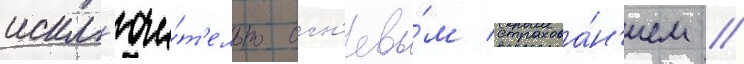
искл'ючи́т'ельно огн'евы́м страхова́н'ием //